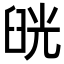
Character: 𦥰